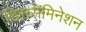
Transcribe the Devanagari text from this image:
डिससेमिनेशन